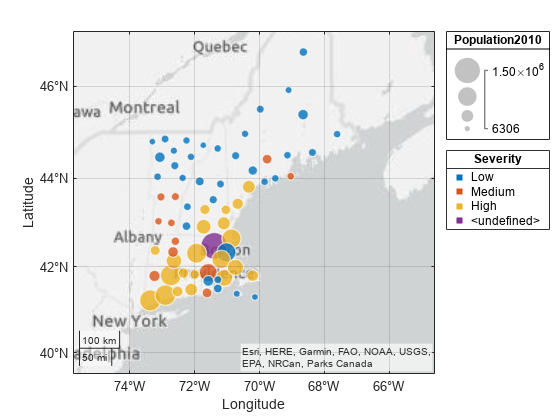
matlab, geobubble